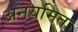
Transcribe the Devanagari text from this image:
अनयमित